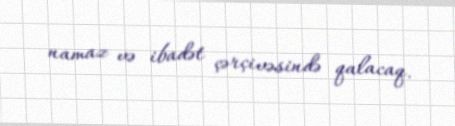
namaz və ibadət çərçivəsində qalacaq.